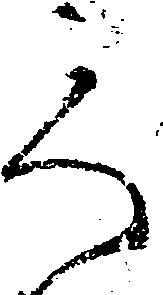
之